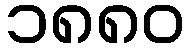
၁၈၈၀